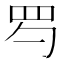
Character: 𦉹